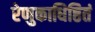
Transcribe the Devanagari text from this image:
रेणुकाधिष्ठितं